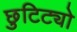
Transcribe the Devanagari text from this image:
छुटिट्यो